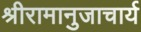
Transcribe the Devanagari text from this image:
श्रीरामानुजाचार्य